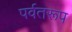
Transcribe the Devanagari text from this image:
पर्वतरूप